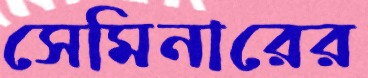
সেমিনারের